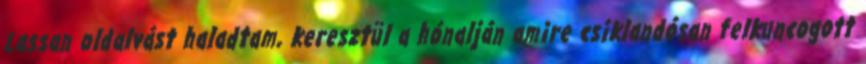
Lassan oldalvást haladtam, keresztül a hónalján amire csiklandósan felkuncogott